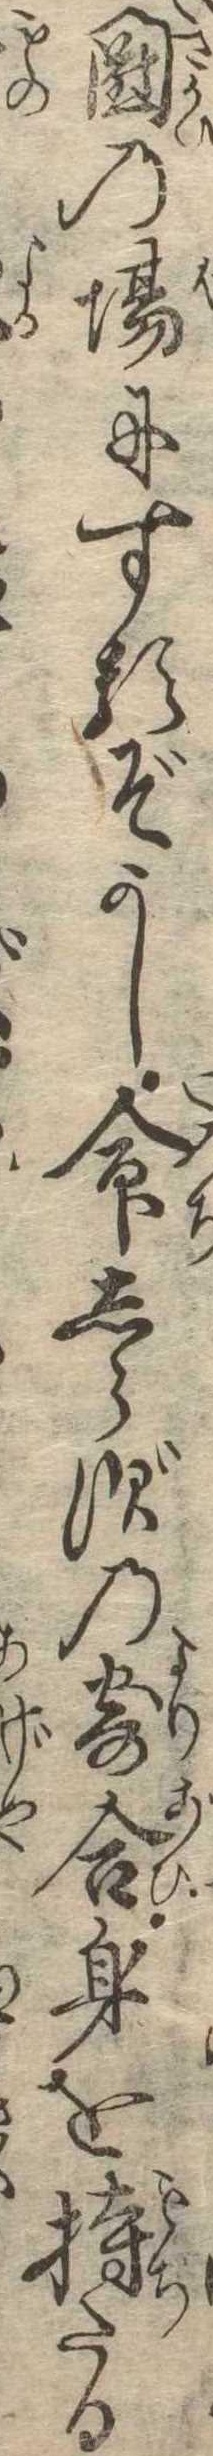
鬪の場にするぞかし命しらずの寄合身を持たる